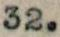
32.